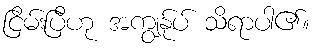
ငြိမ်းပြီဟု အကျွန်ုပ် သိရာပါ၏။